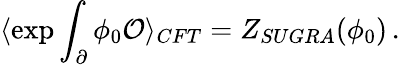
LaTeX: \langle\exp\int_{\partial}\phi_{0}{\cal O}\rangle_{CFT}=Z_{SUGRA}(\phi_{0})\, .